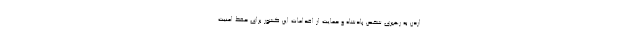
اردن به رهبری شخص پادشاه و حمایت از اقدامات این کشور برای حفظ امنیت